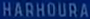
HARHOUDA